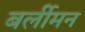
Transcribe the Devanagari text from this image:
बर्लीमन